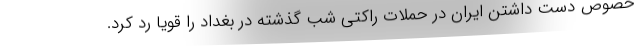
خصوص دست داشتن ایران در حملات راکتی شب گذشته در بغداد را قویا رد کرد.